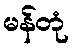
မန်တုံ